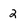
Character: 2